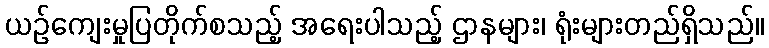
ယဉ်ကျေးမှုပြတိုက်စသည့် အရေးပါသည့် ဌာနများ၊ ရုံးများတည်ရှိသည်။